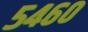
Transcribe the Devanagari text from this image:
५४६०